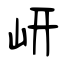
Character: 岍